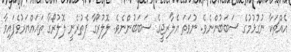
އެއްޗަކާ ނުގުޅުމުގެ ސަބަބުންނެވެ. ނުވަތަ އެލާރޖީގެ ސަބަބުންނެވެ. ލޮލުރޯގާ ފެތުރެނީ ލޮލުރޯގާ ތަޣައްޔަރުވެފައިވާ